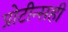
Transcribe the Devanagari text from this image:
प्रोटीन्सही